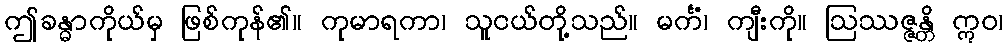
ဤခန္ဓာကိုယ်မှ ဖြစ်ကုန်၏။ ကုမာရကာ၊ သူငယ်တို့သည်။ မင်္ကံ၊ ကျီးကို။ ဩဿဇ္ဇန္တိ ဣဝ၊